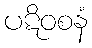
ပဋိဝစနံ